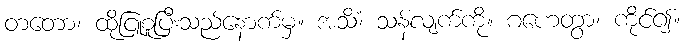
တတော၊ ထိုငြူစူပြီးသည်နောက်မှ။ အသိံ၊ သန်လျက်ကို။ ဂဟေတွာ၊ ကိုင်၍။